Lunatic asylums Madras 1877-1891 - 1877-1891
Year: 1877
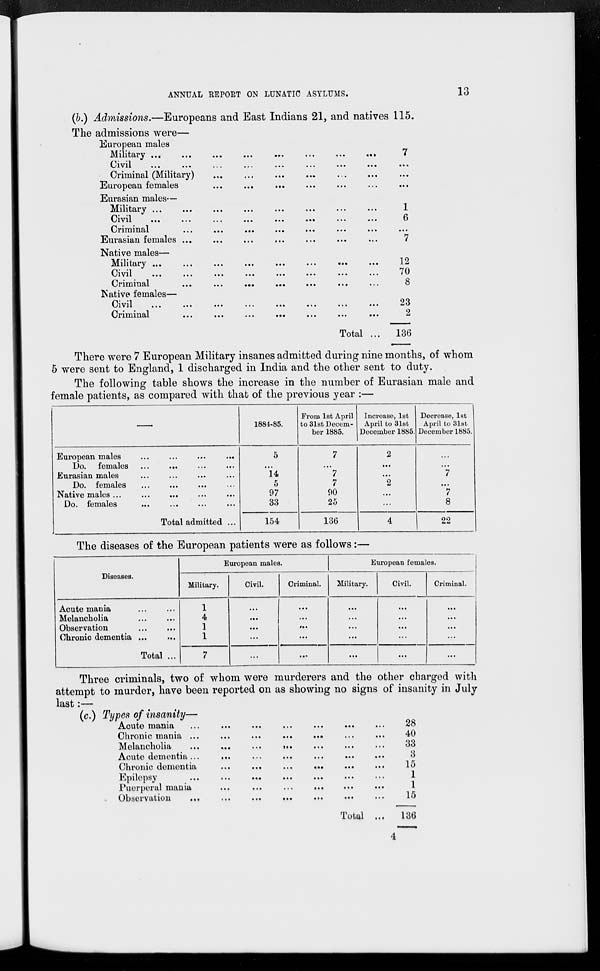
ANNUAL REPORT ON LUNATIC ASYLUMS.
13
(b.) Admissions.—Europeans and East Indians 21, and natives 115.
The admissions were—
European males
Military ... ... ... ... ... ... ... ...
Civil ... ... ... ... ... ... ... ...
Criminal (Military) ... ... ... ... ... ...
European females ... ... ... ... ... ...
Eurasian males—
Military ... ... ... ... ... ... ... ...
Civil ... ... ... ... ... ... ... ...
Criminal ... ... ... ... ... ... ...
Eurasian females ... ... ... ... ... ... ...
Native males—
Military ... ... ... ... ... ... ... ...
Civil ... ... ... ... ... ... ... ...
Criminal ... ... ... ... ... ... ...
Native females—
Civil ... ... ... ... ... ... ... ...
Criminal ... ... ... ... ... ... ... ...
Total ...
7
...
...
...
1
6
...
7
12
70
8
23
2
136
There were 7 European Military insanes admitted during nine months, of whom
5 were sent to England, 1 discharged in India and the other sent to duty.
The following table shows the increase in the number of Eurasian male and
female patients, as compared with that of the previous year :—
—
European males ... ... ... ...
Do. females ... ... ... ...
Eurasian males ... ... ... ...
Do. females ... ... ... ...
Native males ... ... ... ...
Do. females ... ... ... ...
Total admitted ...
1884-85.
5
...
14
5
97
33
154
From 1st April
to 31st Decem-
ber 1885.
7
...
7
7
90
25
136
Increase, 1st
April to 31st
December 1885.
2
...
...
2
...
...
4
Decrease, 1st
April to 31st
December 1885.
...
...
7
...
7
8
22
The diseases of the European patients were as follows:—
Diseases.
Acute mania ... ...
Melancholia ... ...
Observation ... ...
Chronic dementia ... ...
Total ...
European males.
Military.
1
4
1
1
7
Civil.
...
...
...
...
...
Criminal.
...
...
...
...
...
European females.
Military.
...
...
...
...
...
Civil.
...
...
...
...
...
Criminal.
...
...
...
...
...
Three criminals, two of whom were murderers and the other charged with
attempt to murder, have been reported on as showing no signs of insanity in July
last:—
(c.) Types of insanity—
Acute mania
...
...
...
...
...
...
...
Chronic mania ...
...
...
...
...
...
...
Melancholia
...
...
...
...
...
... ...
Acute dementia ...
...
...
...
...
...
...
Chronic dementia ... ... ... ... ... ...
Epilepsy ... ...
...
...
...
...
...
Puerperal mania ... ...
...
...
...
...
Observation
...
...
...
...
...
...
...
Total ...
4
28
40
33
3
15
1
1
15
136